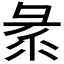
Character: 𢑛